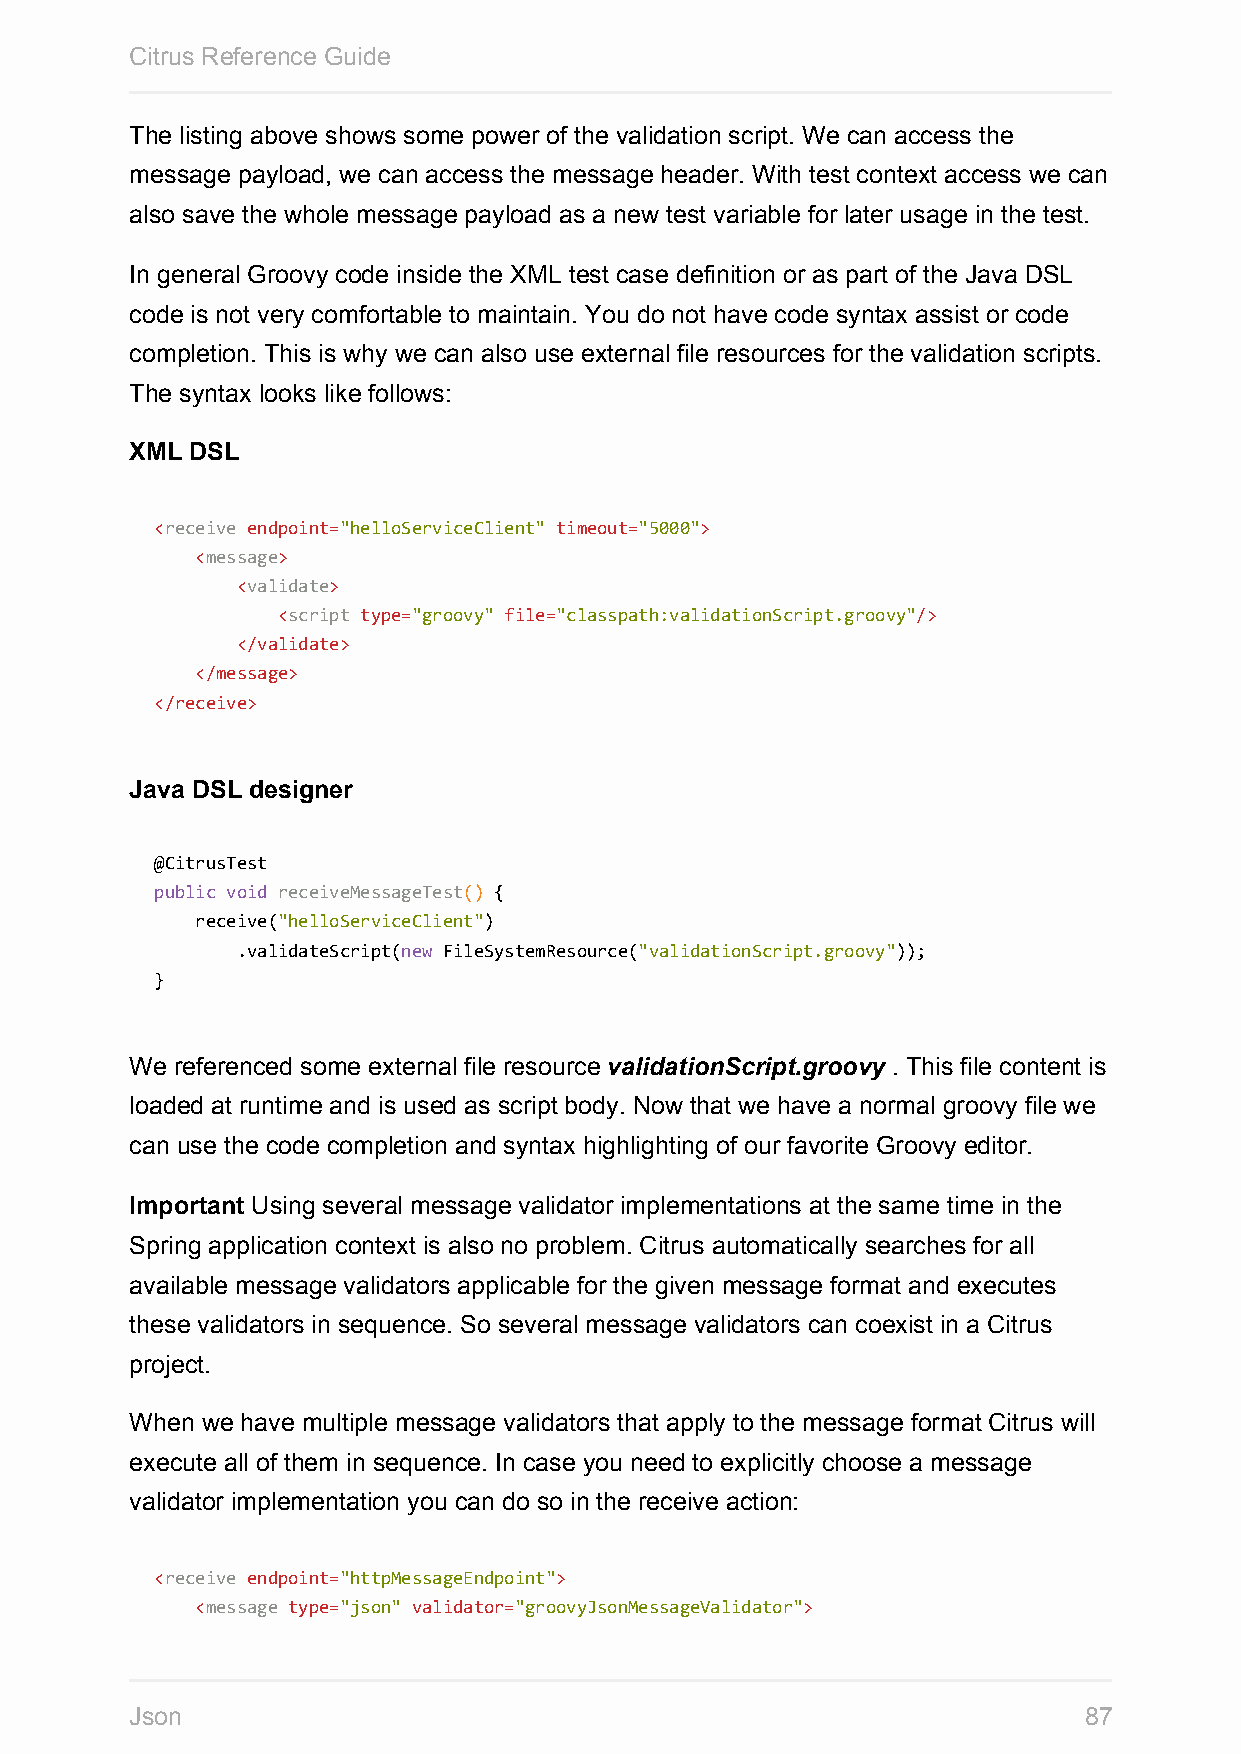
Citrus Reference Guide
 The listing above shows some power of the validation script. We can access the
 message payload, we can access the message header. With test context access we can
 also save the whole message payload as a new test variable for later usage in the test.
 In general Groovy code inside the XML test case definition or as part of the Java DSL
 code is not very comfortable to maintain. You do not have code syntax assist or code
 completion. This is why we can also use external file resources for the validation scripts.
 The syntax looks like follows:
 XML DSL
 <receive endpoint="helloServiceClient" timeout="5000">
 <message>
 <validate>
 <script type="groovy" file="classpath:validationScript.groovy"/>
 </validate>
 </message>
 </receive>
 Java DSL designer
 @CitrusTest
 public void receiveMessageTest() {
 receive("helloServiceClient")
 .validateScript(new FileSystemResource("validationScript.groovy"));
 }
 We referenced some external file resource validationScript.groovy . This file content is
 loaded at runtime and is used as script body. Now that we have a normal groovy file we
 can use the code completion and syntax highlighting of our favorite Groovy editor.
 Important Using several message validator implementations at the same time in the
 Spring application context is also no problem. Citrus automatically searches for all
 available message validators applicable for the given message format and executes
 these validators in sequence. So several message validators can coexist in a Citrus
 project.
 When we have multiple message validators that apply to the message format Citrus will
 execute all of them in sequence. In case you need to explicitly choose a message
 validator implementation you can do so in the receive action:
 <receive endpoint="httpMessageEndpoint">
 <message type="json" validator="groovyJsonMessageValidator">
 Json                                                           87